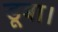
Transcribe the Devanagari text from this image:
डूबा।